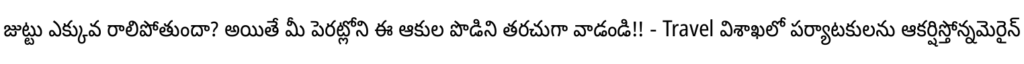
జుట్టు ఎక్కువ రాలిపోతుందా? అయితే మీ పెరట్లోని ఈ ఆకుల పొడిని తరచుగా వాడండి!! - Travel విశాఖలో పర్యాటకులను ఆకర్షిస్తోన్నమెరైన్